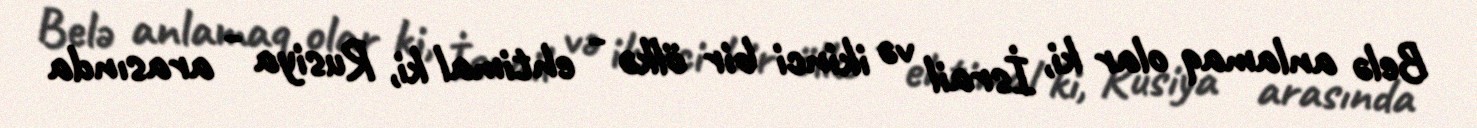
Belə anlamaq olar ki, İsrail və ikinci bir ölkə - ehtimal ki, Rusiya - arasında